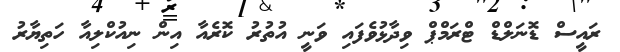
ރައީސް ޑޮނަލްޑް ޓްރަމްޕް ވިދާޅުވެފައި ވަނީ އުތުރު ކޮރެއާ އިން ނިއުކްލިއާ ހަތިޔާރު